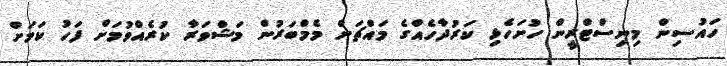
ހައުސިން މިނިސްޓްރީން ހުށަހެޅި ކަރުދާހެއްގެ މައްޗަށް މެމްބަރުން މަޝްވަރާ ކުރެއްވުމަށް ފަހު ކަމަށް